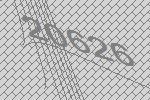
20626